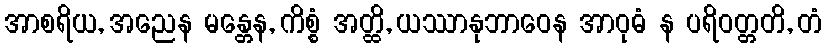
အာစရိယ, အညေန မန္တေန, ကိစ္စံ အတ္ထိ, ယဿာနုဘာဝေန အာဝုဓံ န ပရိဝတ္တတိ, တံ